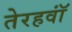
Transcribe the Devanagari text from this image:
तेरहवॉं